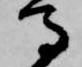
馬